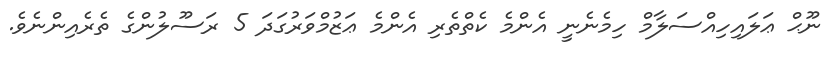
ނޫޙް ޢަލައިހިއްސަލާމް ހިމެނެނީ އެންމެ ކެތްތެރި އެންމެ ޢަޒުމްވަރުގަދަ 5 ރަސޫލުންގެ ތެރެއިންނެވެ.